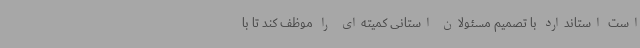
است استاندارد با تصمیم مسئولان استانی کمیته‌ای را موظف کند تا با